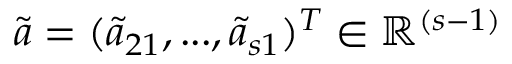
\tilde { \boldsymbol { a } } = ( \tilde { a } _ { 2 1 } , . . . , \tilde { a } _ { s 1 } ) ^ { T } \in \mathbb { R } ^ { ( s - 1 ) }